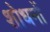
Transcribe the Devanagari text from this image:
शोधनों